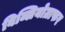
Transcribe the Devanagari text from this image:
बिब्लियोग्राफर